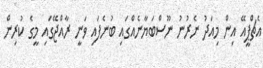
އެޗްޕީއޭ އިން މިއަދު ނެރުނު ނޫސްބަޔާނެއްގައި ބުނެފައި ވަނީ ރާއްޖޭގައި މީގެ ކުރިން